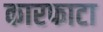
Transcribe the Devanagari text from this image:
कारफाटा